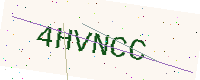
Text: 4HVNCC